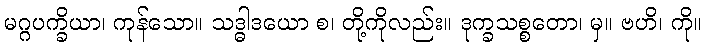
မဂ္ဂပက္ခိယာ၊ ကုန်သော။ သဒ္ဓါဒယော စ၊ တို့ကိုလည်း။ ဒုက္ခသစ္စတော၊ မှ။ ဗဟိ၊ ကို။